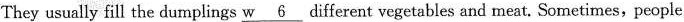
They usually fill the dumplings \underline{w6}different vegetables and neat. Sometimes, people